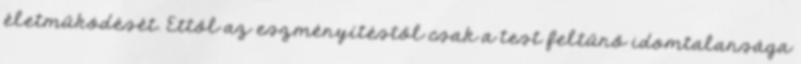
életműködését. Ettől az eszményítéstől csak a test feltűnő idomtalansága